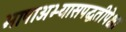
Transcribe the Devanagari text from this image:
भाषाअभ्यासपद्धतीपेक्षा